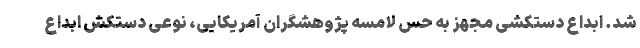
شد. ابداع دستکشی مجهز به حس لامسه پژوهشگران آمریکایی، نوعی دستکش ابداع